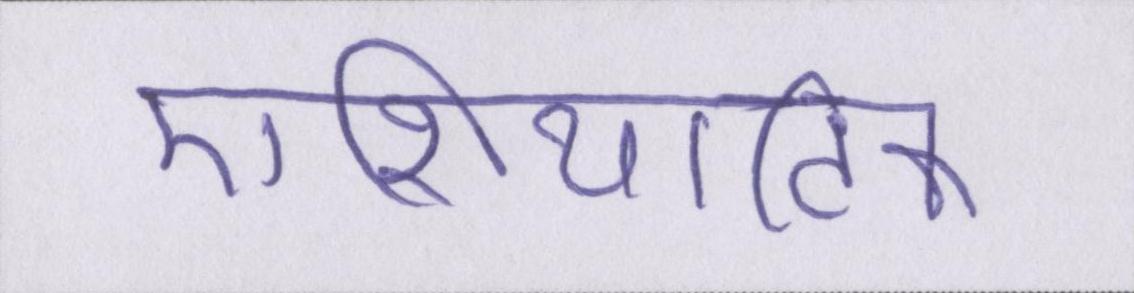
एशियाटिक